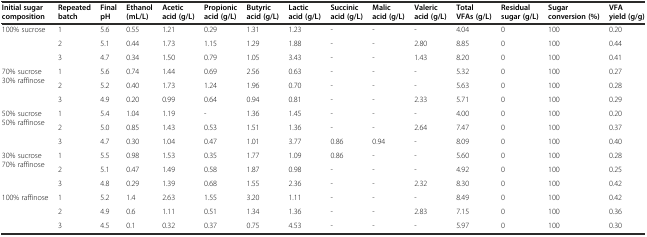
<table><thead><tr><td><b>Initial sugar composition</b></td><td><b>Repeated batch</b></td><td><b>Final pH</b></td><td><b>Ethanol (mL/L)</b></td><td><b>Acetic acid (g/L)</b></td><td><b>Propionic acid (g/L)</b></td><td><b>Butyric acid (g/L)</b></td><td><b>Lactic acid (g/L)</b></td><td><b>Succinic acid (g/L)</b></td><td><b>Malic acid (g/L)</b></td><td><b>Valeric acid (g/L)</b></td><td><b>Total VFAs (g/L)</b></td><td><b>Residual sugar (g/L)</b></td><td><b>Sugar conversion (%)</b></td><td><b>VFA yield (g/g)</b></td></tr></thead><tbody><tr><td rowspan="3">100% sucrose</td><td>1</td><td>5.6</td><td>0.55</td><td>1.21</td><td>0.29</td><td>1.31</td><td>1.23</td><td>-</td><td>-</td><td>-</td><td>4.04</td><td>0</td><td>100</td><td>0.20</td></tr><tr><td>2</td><td>5.1</td><td>0.44</td><td>1.73</td><td>1.15</td><td>1.29</td><td>1.88</td><td>-</td><td>-</td><td>2.80</td><td>8.85</td><td>0</td><td>100</td><td>0.44</td></tr><tr><td>3</td><td>4.7</td><td>0.34</td><td>1.50</td><td>0.79</td><td>1.05</td><td>3.43</td><td>-</td><td>-</td><td>1.43</td><td>8.20</td><td>0</td><td>100</td><td>0.41</td></tr><tr><td rowspan="3">70% sucrose 30% raffinose</td><td>1</td><td>5.6</td><td>0.74</td><td>1.44</td><td>0.69</td><td>2.56</td><td>0.63</td><td>-</td><td>-</td><td>-</td><td>5.32</td><td>0</td><td>100</td><td>0.27</td></tr><tr><td>2</td><td>5.2</td><td>0.40</td><td>1.73</td><td>1.24</td><td>1.96</td><td>0.70</td><td>-</td><td>-</td><td>-</td><td>5.63</td><td>0</td><td>100</td><td>0.28</td></tr><tr><td>3</td><td>4.9</td><td>0.20</td><td>0.99</td><td>0.64</td><td>0.94</td><td>0.81</td><td>-</td><td>-</td><td>2.33</td><td>5.71</td><td>0</td><td>100</td><td>0.29</td></tr><tr><td rowspan="3">50% sucrose 50% raffinose</td><td>1</td><td>5.4</td><td>1.04</td><td>1.19</td><td>-</td><td>1.36</td><td>1.45</td><td>-</td><td>-</td><td>-</td><td>4.00</td><td>0</td><td>100</td><td>0.20</td></tr><tr><td>2</td><td>5.0</td><td>0.85</td><td>1.43</td><td>0.53</td><td>1.51</td><td>1.36</td><td>-</td><td>-</td><td>2.64</td><td>7.47</td><td>0</td><td>100</td><td>0.37</td></tr><tr><td>3</td><td>4.7</td><td>0.30</td><td>1.04</td><td>0.47</td><td>1.01</td><td>3.77</td><td>0.86</td><td>0.94</td><td>-</td><td>8.09</td><td>0</td><td>100</td><td>0.40</td></tr><tr><td rowspan="3">30% sucrose 70% raffinose</td><td>1</td><td>5.5</td><td>0.98</td><td>1.53</td><td>0.35</td><td>1.77</td><td>1.09</td><td>0.86</td><td>-</td><td>-</td><td>5.60</td><td>0</td><td>100</td><td>0.28</td></tr><tr><td>2</td><td>5.1</td><td>0.47</td><td>1.49</td><td>0.58</td><td>1.87</td><td>0.98</td><td>-</td><td>-</td><td>-</td><td>4.92</td><td>0</td><td>100</td><td>0.25</td></tr><tr><td>3</td><td>4.8</td><td>0.29</td><td>1.39</td><td>0.68</td><td>1.55</td><td>2.36</td><td>-</td><td>-</td><td>2.32</td><td>8.30</td><td>0</td><td>100</td><td>0.42</td></tr><tr><td rowspan="3">100% raffinose</td><td>1</td><td>5.2</td><td>1.4</td><td>2.63</td><td>1.55</td><td>3.20</td><td>1.11</td><td>-</td><td>-</td><td>-</td><td>8.49</td><td>0</td><td>100</td><td>0.42</td></tr><tr><td>2</td><td>4.9</td><td>0.6</td><td>1.11</td><td>0.51</td><td>1.34</td><td>1.36</td><td>-</td><td>-</td><td>2.83</td><td>7.15</td><td>0</td><td>100</td><td>0.36</td></tr><tr><td>3</td><td>4.5</td><td>0.1</td><td>0.32</td><td>0.37</td><td>0.75</td><td>4.53</td><td>-</td><td>-</td><td>-</td><td>5.97</td><td>0</td><td>100</td><td>0.30</td></tr></tbody></table>